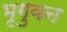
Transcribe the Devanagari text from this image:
भृगुवन